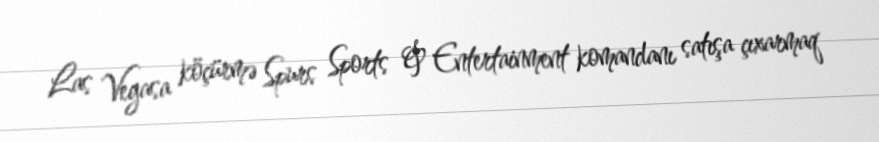
Las Vegasa köçürmə Spurs Sports & Entertainment komandanı satışa çıxarmaq